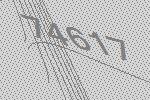
74617